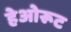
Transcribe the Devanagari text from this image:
हेओरूट